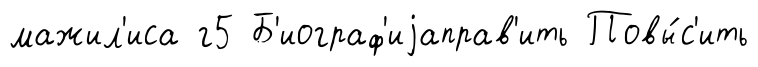
мажил'иса г5 Б'иограф'иjаправ'ить Повы́с'ить